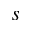
s